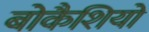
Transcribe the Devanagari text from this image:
बोकैशियो